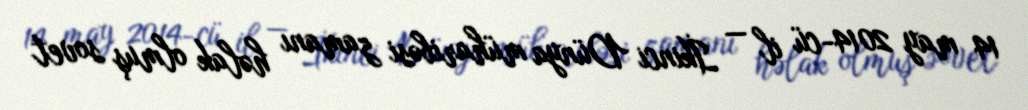
14 may 2014-cü il — İkinci Dünya müharibəsi zamanı həlak olmuş sovet